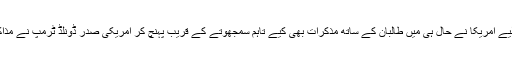
افغانستان سے باعزت واپسی کے لیے امریکا نے حال ہی میں طالبان کے ساتھ مذکرات بھی کیے تاہم سمجھوتے کے قریب پہنچ کر امریکی صدر ڈونلڈ ٹرمپ نے مذاکرات ’مردہ‘ ہونے کا اعلان کردیا۔